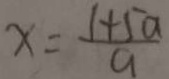
x = \frac { 1 + 5 a } { a }